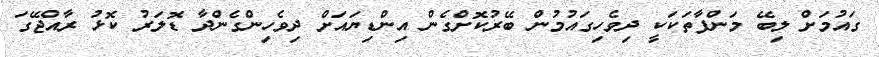
ގައުމަށް ލިބޭ މަންފާތަކަކީ ދިވެހިގައުމުން ބޭރުކޮށްގެން އިންޑިޔައަށް ދިވެހިންގެންދާ ޑޮލަރު ކޮޅު ރާއްޖޭގަ